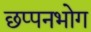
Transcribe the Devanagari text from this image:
छप्पनभोग